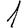
Digit: 1